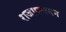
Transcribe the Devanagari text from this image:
राजापलयम